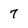
Character: 7